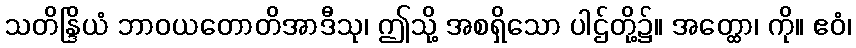
သတိန္ဒြိယံ ဘာဝယတောတိအာဒီသု၊ ဤသို့ အစရှိသော ပါဌ်တို့၌။ အတ္ထော၊ ကို။ ဧဝံ၊